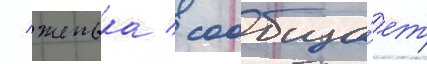
/ женька / сообща́ет